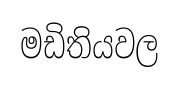
මඩිතියවල